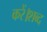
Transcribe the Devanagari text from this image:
करें।शब्द